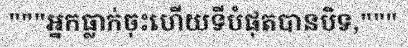
"""អ្នកធ្លាក់ចុះហើយទីបំផុតបានបិទ,"""